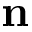
\mathbf { n }